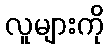
လူများကို